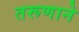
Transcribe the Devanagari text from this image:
तरूणाने